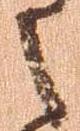
之